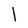
Character: l